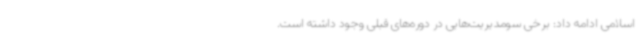
اسلامی ادامه داد: برخی سومدیریت‌هایی در دوره‌های قبلی وجود داشته است.